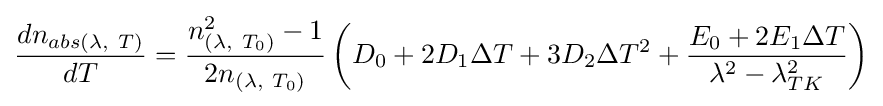
{\frac {dn_{abs\left(\lambda ,\ T\right)}}{dT}}={\frac {n_{\left(\lambda ,\ T_{0}\right)}^{2}-1}{2n_{\left(\lambda ,\ T_{0}\right)}}}\left(D_{0}+2D_{1}\Delta T+3D_{2}\Delta T^{2}+{\frac {E_{0}+2E_{1}\Delta T}{\lambda ^{2}-\lambda _{TK}^{2}}}\right)